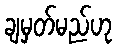
ချမှတ်မည်ဟု